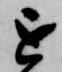
を